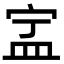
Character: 㿾